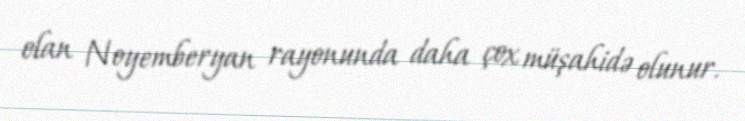
olan Noyemberyan rayonunda daha çox müşahidə olunur.